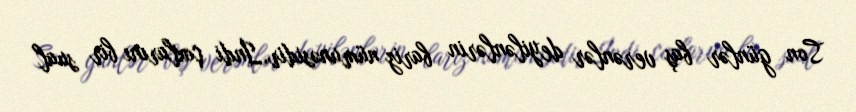
Son günlər baş verənlər deyilənlərin bariz nümunəsidir.İndi çoxlarını bir sual